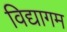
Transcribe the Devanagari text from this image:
विद्यागम